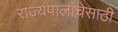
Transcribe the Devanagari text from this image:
राज्यपालांचेसाठी